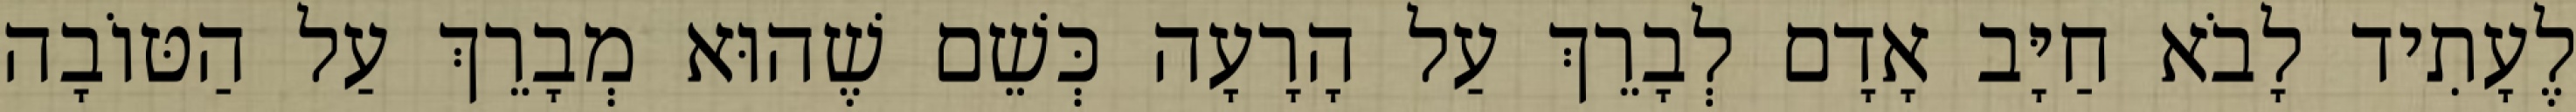
לֶעָתִיד לָבֹא חַיָּב אָדָם לְבָרֵךְ עַל הָרָעָה כְּשֵׁם שֶׁהוּא מְבָרֵךְ עַל הַטּוֹבָה